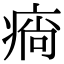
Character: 𤷛